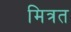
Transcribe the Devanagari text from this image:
मित्रत